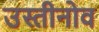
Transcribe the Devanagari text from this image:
उस्तीनोव